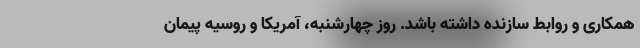
همکاری و روابط سازنده داشته باشد. روز چهارشنبه، آمریکا و روسیه پیمان